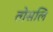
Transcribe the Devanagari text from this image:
तोसलि